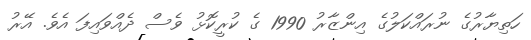
ހަތިޔާރުގެ ނުރައްކަލުގެ އިންޒާރު 1990 ގެ ކުރީކޮޅު ވެސް ދެއްވައިފަ އެވެ. އޭރު